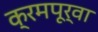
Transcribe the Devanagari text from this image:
क्रमपूर्वा